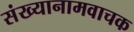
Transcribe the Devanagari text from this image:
संख्यानामवाचक